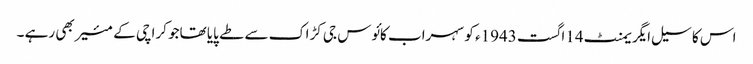
اس کا سیل ایگریمنٹ 14اگست 1943ء کو سہراب کائوس جی کڑاک سے طے پایا تھاجو کراچی کے مئیر بھی رہے ۔